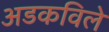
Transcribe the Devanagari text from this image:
अडकविले